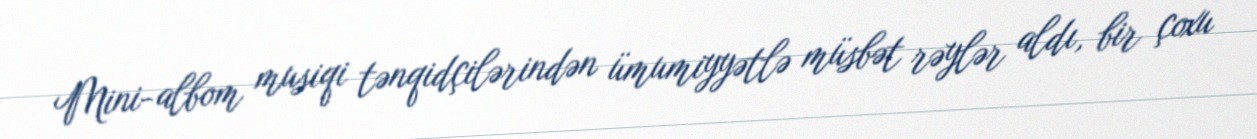
Mini-albom musiqi tənqidçilərindən ümumiyyətlə müsbət rəylər aldı, bir çoxu